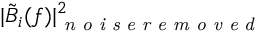
| \tilde { B } _ { i } ( f ) | _ { \textit { n o i s e r e m o v e d } } ^ { 2 }